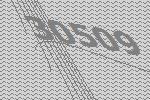
30509